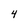
Character: 4